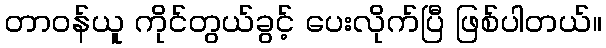
တာဝန်ယူ ကိုင်တွယ်ခွင့် ပေးလိုက်ပြီ ဖြစ်ပါတယ်။